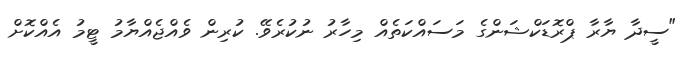
"ސީދާ ޔާރާ ޕްރޮޑަކްޝަންގެ މަސައްކަތެއް މިހާރު ނުކުރެވޭ. ކުރިން ވެއްޖެއްޔާމު ޓީމު އެއްކޮށް